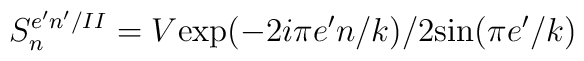
S_{n}^{e'n'/II}=V\mbox{exp}(-2i\pi e'n/k)/2\mbox{sin}(\pi e'/k)